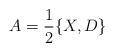
LaTeX: \begin{align*}A=\frac12\{X,D\}\end{align*}